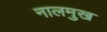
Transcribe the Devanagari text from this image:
नालमुख